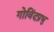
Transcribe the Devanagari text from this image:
गोविंदप्रभु